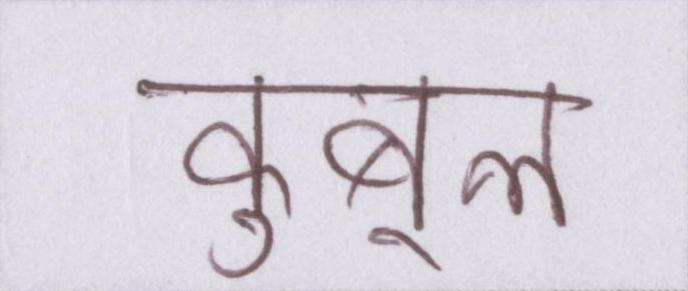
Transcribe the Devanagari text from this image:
कुबूल